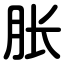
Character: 胀